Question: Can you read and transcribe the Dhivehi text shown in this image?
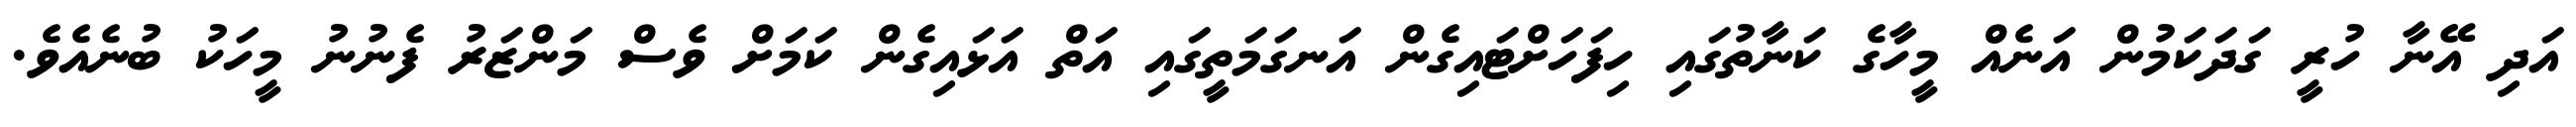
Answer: އަދި އޭނާ ހުރީ ގަދަކަމުން އަނެއް މީހާގެ ކަނާތުގައި ހިފަހަށްޓައިގެން އަނގަމަތީގައި އަތް އަޅައިގެން ކަމަށް ވެސް މަންޒަރު ފެނުނު މީހަކު ބުނެއެވެ.